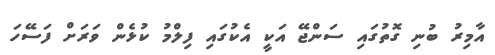
އާމިރު ބުނި ގޮތުގައި ސަންޖޭ އަކީ އެކުގައި ފިލްމު ކުޅެން ވަރަށް ފަސޭހަ